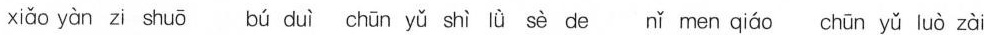
xiǎo yàn zi shuō bú duì chūn yǔ shì lǜ sè de nǐ men qiáo chūn yǔ luò zài